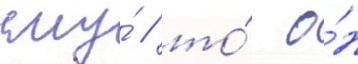
ему́ / то́ о́н